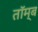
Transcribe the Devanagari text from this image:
तॉम्ब